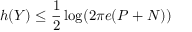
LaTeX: h ( Y ) \leq { \frac { 1 } { 2 } } \log ( 2 \pi e ( P + N ) ) \,